Note on the mental hospitals in Burma - 1925-1940
Year: 1925
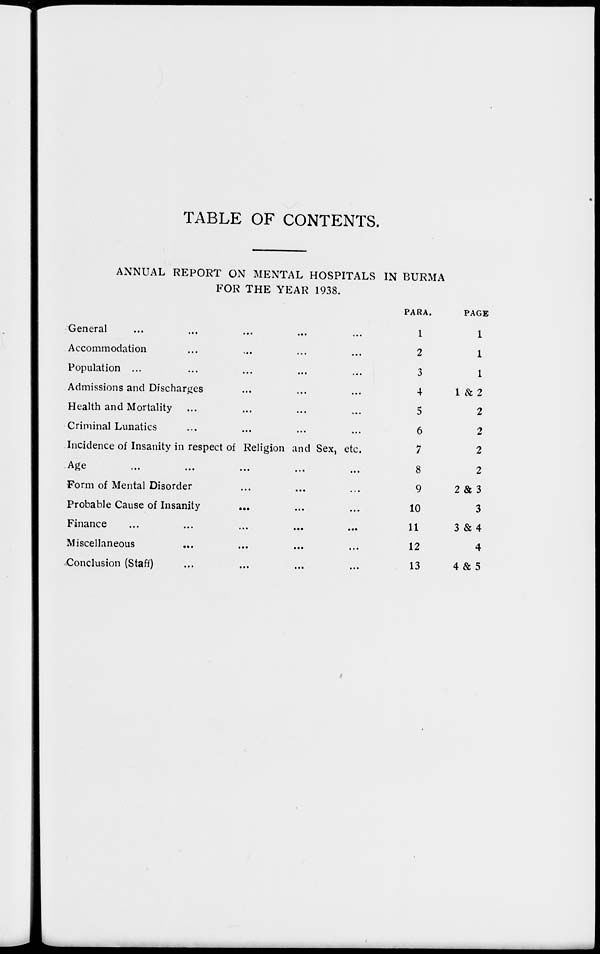
TABLE OF CONTENTS.
ANNUAL REPORT ON MENTAL HOSPITALS IN BURMA
FOR THE YEAR 1938.
General ... ... ... ... ...
Accommodation ... ... ... ...
Population ... ... ... ... ...
Admissions and Discharges ... ... ...
Health and Mortality ... ... ... ...
Criminal Lunatics ... ... ... ...
Incidence of Insanity in respect of Religion and Sex, etc.
Age
...
...
...
...
...
Form of Mental Disorder ... ... ...
Probable Cause of Insanity
... ... ...
Finance ... ... ... ... ...
Miscellaneous ... ... ... ...
Conclusion (Staff) ... ... ... ...
PARA.
1
2
3
4
5
6
7
8
9
10
11
12
13
PAGE
1
1
1
1 &2
2
2
2
2
2 & 3
3
3 &4
4
4 & 5